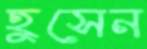
হুসেন